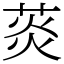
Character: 菼